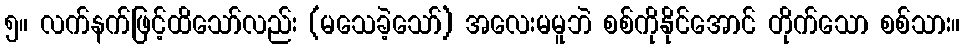
၅။ လက်နက်ဖြင့်ထိသော်လည်း (မသေခဲ့သော်) အလေးမမူဘဲ စစ်ကိုနိုင်အောင် တိုက်သော စစ်သား။